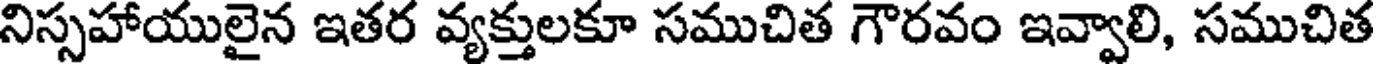
నిస్సహాయులైన ఇతర వ్యక్తులకూ సముచిత గౌరవం ఇవ్వాలి, సముచిత